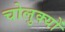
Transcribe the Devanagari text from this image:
चोलुक्यों